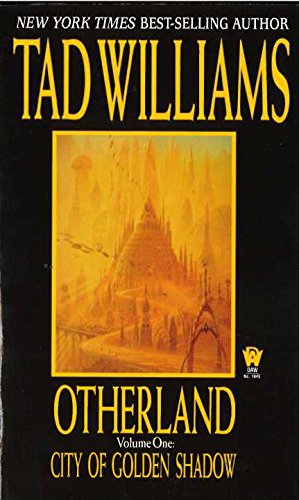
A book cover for City of Golden Shadow (Otherland, Volume 1); Tad Williams; Science Fiction & Fantasy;